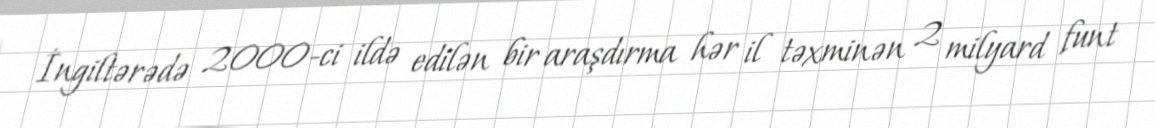
İngiltərədə 2000-ci ildə edilən bir araşdırma hər il təxminən 2 milyard funt